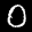
Label: 0